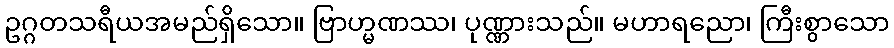
ဥဂ္ဂတသရီယအမည်ရှိသော။ ဗြာဟ္မဏဿ၊ ပုဏ္ဏားသည်။ မဟာရညော၊ ကြီးစွာသော